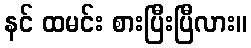
နင် ထမင်း စားပြီးပြီလား။